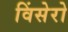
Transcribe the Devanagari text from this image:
विंसेरो